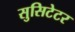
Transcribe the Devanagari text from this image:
सुसिटेटर